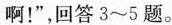
啊！”，回答3~5题。